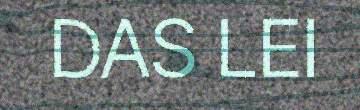
DAS LEI